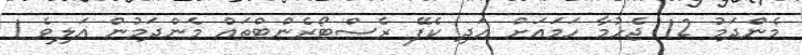
މެންދަމު 12 ޖެހުމާ ހަމައަށް އަދި ކެފޭ ރެސްޓޯރެންޓްތައް މެންދަމުން އަލިވެ 1